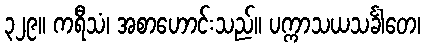
၃၂၉။ ကရီသံ၊ အစာဟောင်းသည်။ ပက္ကာသယသင်္ခါတေ၊